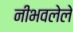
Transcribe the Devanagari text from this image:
नीभवलेले